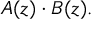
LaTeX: A ( z ) \cdot B ( z ) .